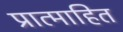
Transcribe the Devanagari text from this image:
प्रात्माहित